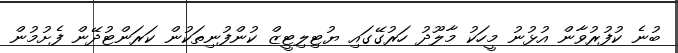
ބުނެ ކުފުރުވާން އުޅުނު މީހަކު މާލޫދު ހަރުގޭގައި ޔުޓިލިޓީޒް ކުންފުނިތަކުން ކަރަންޓުދޭން ފެށުމުން